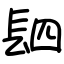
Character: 䦉